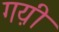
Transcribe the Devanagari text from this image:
गय़ी